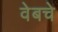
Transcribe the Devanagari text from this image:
वेबचे